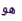
هو